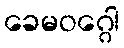
ခေမဝဂ္ဂေါ